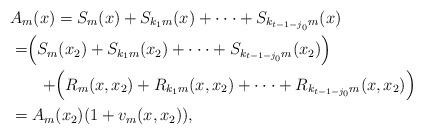
LaTeX: \begin{align*}&A_m(x)=S_{m}(x)+S_{k_{1}m}(x)+\cdot\cdot\cdot+S_{k_{t-1-j_0}m}(x)\\&=\Bigr(S_m(x_2)+S_{k_{1}m}(x_2)+\cdot\cdot\cdot+S_{k_{t-1-j_0}m}(x_2)\Bigr)\\&\quad\quad+\Bigr(R_m(x,x_2)+R_{k_{1}m}(x,x_2)+\cdot\cdot\cdot+R_{k_{t-1-j_0}m}(x,x_2)\Bigr)\\&=A_{m}(x_{2})(1+v_{m}(x,x_2)),\end{align*}